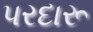
પરદારૂ